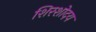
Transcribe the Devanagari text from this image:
शिरशोदय